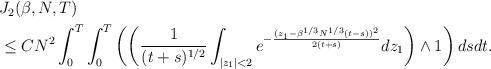
LaTeX: \begin{align*} \begin{aligned} &J_2(\beta, N,T) \\&\leq CN^2 \int_0^T\int_0^T \left( \left( \frac{1}{(t+s)^{1/2}} \int_{|z_1|<2} e^{-\frac{(z_1-\beta^{1/3} N^{1/3}( t - s ))^2}{2(t+s)}}dz_1 \right) \wedge 1 \right)ds dt. \end{aligned}\end{align*}